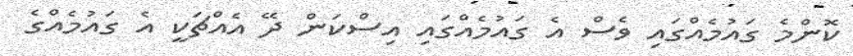
ކޮންމެ ގައުމެއްގައި ވެސް އެ ގައުމެއްގައި އިސްކަން ދޭ އެއްޗަކީ އެ ގައުމެއްގެ